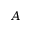
A